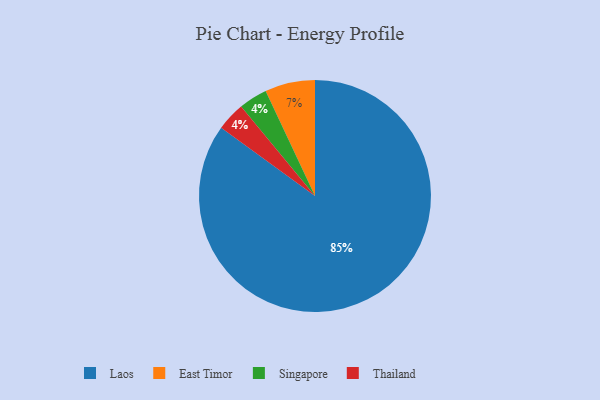
{"axis": {"x": "Category", "y": "Percentage"}, "legend": ["East Timor", "Laos", "Singapore", "Thailand"], "data": [{"x": "Singapore", "y": 4, "type": "Singapore"}, {"x": "Laos", "y": 85, "type": "Laos"}, {"x": "Thailand", "y": 4, "type": "Thailand"}, {"x": "East Timor", "y": 7, "type": "East Timor"}]}